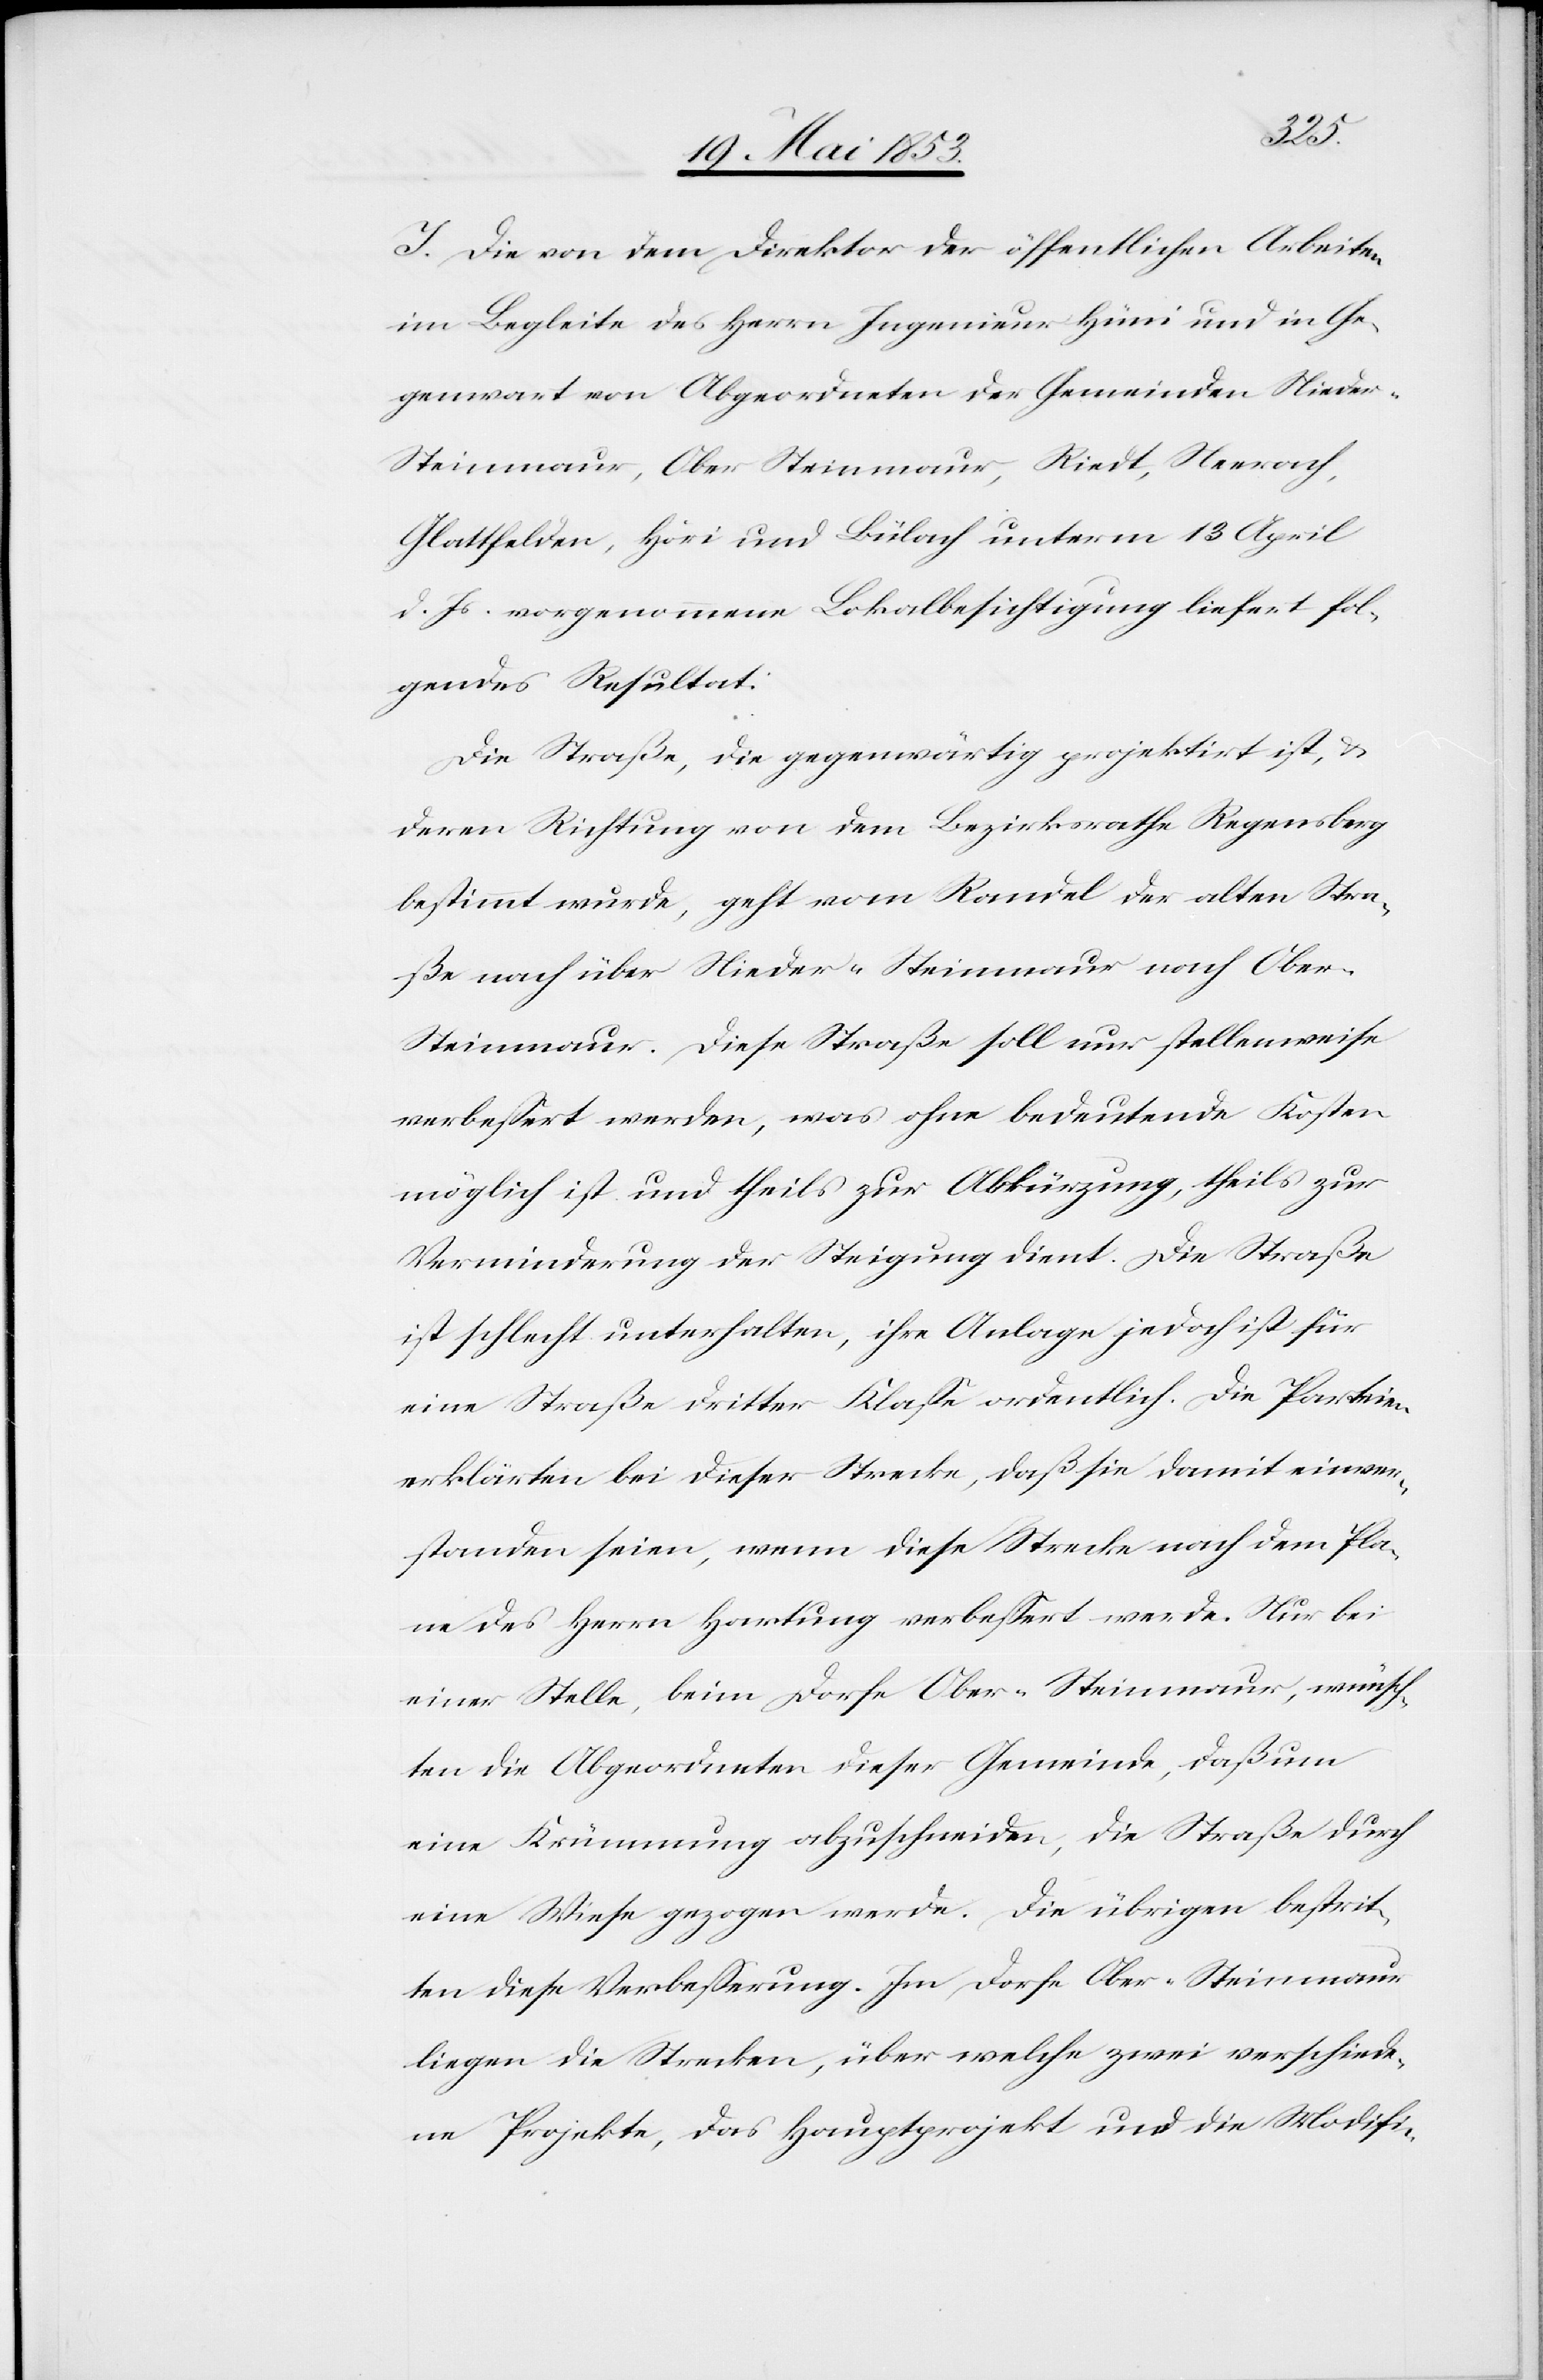
J. Die von dem Direktor der öffentlichen Arbeiten
im Begleite des Herrn Ingenieur Hüni und in Ge¬
genwart von Abgeordneten der Gemeinden Niede¬
r-Steinmaur, Ober-Steinmaur, Riedt, Neerach,
Glattfelden, Höri und Bülach unterm 13 April
d. Js. vorgenommenen Lokalbesichtigung liefert fol¬
gendes Resultat:
Die Straße, die gegenwärtig projektirt ist, u.
deren Richtung von dem Bezirksrathe Regensberg
bestimmt wurde, geht vom Randel der alten Stra¬
ße nach über Nieder-Steinmaur nach Ober-S¬
teinmaur. Diese Straße soll nur stellenweise
verbeßert werden, was ohne bedeutende Kosten
möglich ist und theils zur Abkürzung, theils zur
Verminderung der Steigung dient. Die Straße
ist schlecht unterhalten, ihre Anlage jedoch ist für
eine Straße dritter Klaße ordentlich. Die Parteien
erklärten bei dieser Strecke, daß sie damit einver¬
standen seien, wenn diese Strecke nach dem Pla¬
ne des Herrn Hartung verbeßert werde. Nur bei
einer Stelle, beim Dorfe Ober-Steinmaur, wünsch¬
ten die Abgeordneten dieser Gemeinde, daß um
eine Krümmung abzuschneiden, die Straße durch
eine Wiese gezogen werde. Die übrigen bestrit¬
ten diese Verbeßerung. Im Dorfe Ober-Steinmaur
liegen die Strecken, über welche zwei verschiede¬
ne Projekte, das Hauptprojekt und die Modifi-